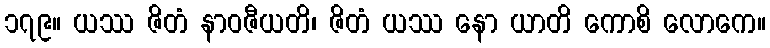
၁၇၉။ ယဿ ဇိတံ နာဝဇီယတိ၊ ဇိတံ ယဿ နော ယာတိ ကောစိ လောကေ။